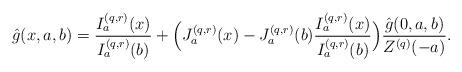
LaTeX: \begin{align*}\hat{g}(x,a,b)&= \frac {I_a^{(q,r)}(x)} {I_a^{(q,r)}(b)} +\Big( J_a^{(q,r)}(x)- J_a^{(q,r)}(b)\frac{I^{(q,r)}_a(x)}{I^{(q,r)}_a(b)}\Big) \frac {\hat{g}(0,a,b)} {Z^{(q)}(-a)}. \end{align*}